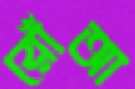
রোঁআ